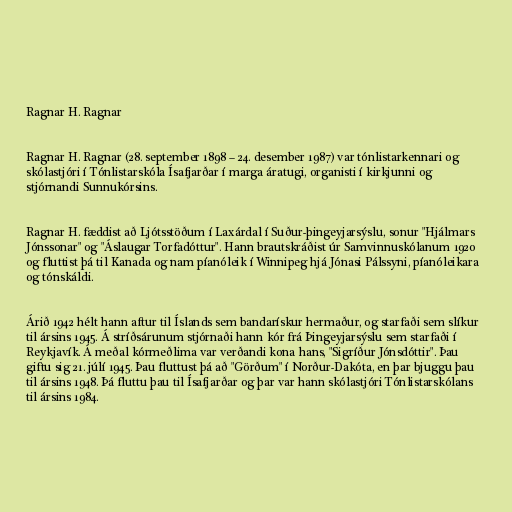
Ragnar H. Ragnar

Ragnar H. Ragnar (28. september 1898 – 24. desember 1987) var tónlistarkennari og
skólastjóri í Tónlistarskóla Ísafjarðar í marga áratugi, organisti í kirkjunni og
stjórnandi Sunnukórsins.

Ragnar H. fæddist að Ljótsstöðum í Laxárdal í Suður-þingeyjarsýslu, sonur "Hjálmars
Jónssonar" og "Áslaugar Torfadóttur". Hann brautskráðist úr Samvinnuskólanum 1920
og fluttist þá til Kanada og nam píanóleik í Winnipeg hjá Jónasi Pálssyni, píanóleikara
og tónskáldi.

Árið 1942 hélt hann aftur til Íslands sem bandarískur hermaður, og starfaði sem slíkur
til ársins 1945. Á stríðsárunum stjórnaði hann kór frá Þingeyjarsýslu sem starfaði í
Reykjavík. Á meðal kórmeðlima var verðandi kona hans, "Sigríður Jónsdóttir". Þau
giftu sig 21. júlí 1945. Þau fluttust þá að "Görðum" í Norður-Dakóta, en þar bjuggu þau
til ársins 1948. Þá fluttu þau til Ísafjarðar og þar var hann skólastjóri Tónlistarskólans
til ársins 1984.